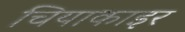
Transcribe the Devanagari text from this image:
चियाकाइर